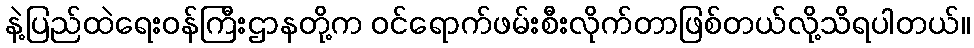
နဲ့ပြည်ထဲရေးဝန်ကြီးဌာနတို့က ဝင်ရောက်ဖမ်းစီးလိုက်တာဖြစ်တယ်လို့သိရပါတယ်။